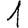
Digit: 1